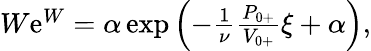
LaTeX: \begin{array}{r}{W\mathrm{e}^{W}=\alpha\exp\left(-\frac{1}{\nu}\frac{{P}_{0+}}{{V}_{0+}}\xi+\alpha\right),}\end{array}